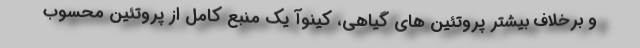
و برخلاف بیشتر پروتئین های گیاهی، کینوآ یک منبع کامل از پروتئین محسوب